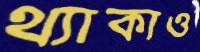
থ্যাকাও